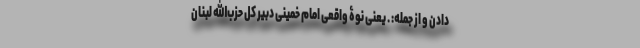
دادن و از جمله: . یعنی نوۀ واقعی امام خمینی دبیر کل حزب‌الله لبنان